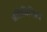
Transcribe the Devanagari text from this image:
प्रतिनिनित्व